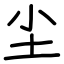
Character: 尘